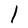
Character: l